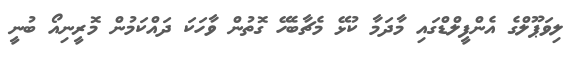
ލިވަޕޫލްގެ އެންފީލްޑްގައި މާދަމާ ކުޅޭ މެޗާބެހޭ ގޮތުން ވާހަކަ ދައްކަމުން މޮރީނިއޯ ބުނީ